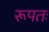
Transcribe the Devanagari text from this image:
रूपतः